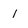
Character: 1